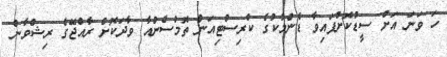
ހަ ވަނަ އަށް ސީޑުކޮށްފައިވާ ޑެންމާކުގެ ކްރިސްޓިއަން ތޮމްސެންއާ ވާދަކޮށް ރާއްޖޭގެ ރިޝްވާން